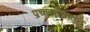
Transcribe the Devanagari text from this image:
प्रचारतंत्रातून